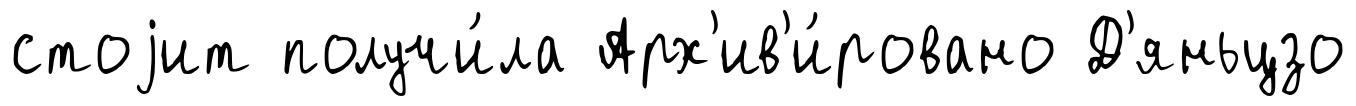
стоjит получи́ла Арх'ив'и́ровано Д'яньцзо